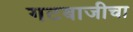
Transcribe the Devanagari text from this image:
गटबाजीचा